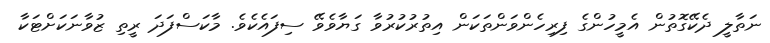
ނަތާލީ ދެކޭގޮތުން އެމީހުންގެ ފިރިހެންވަންތަކަން އިތުރުކުރުވާ ގަޔާވެވޭ ސިފައެކެވެ. މާކަސްފަދަ ރީތި ޒުވާނަކަށްޓަކާ